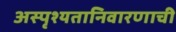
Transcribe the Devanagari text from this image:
अस्पृश्‍यतानिवारणाची